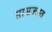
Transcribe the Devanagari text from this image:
साम्रज्यात